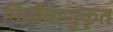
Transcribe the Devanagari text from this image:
निर्जीवाणुकृत